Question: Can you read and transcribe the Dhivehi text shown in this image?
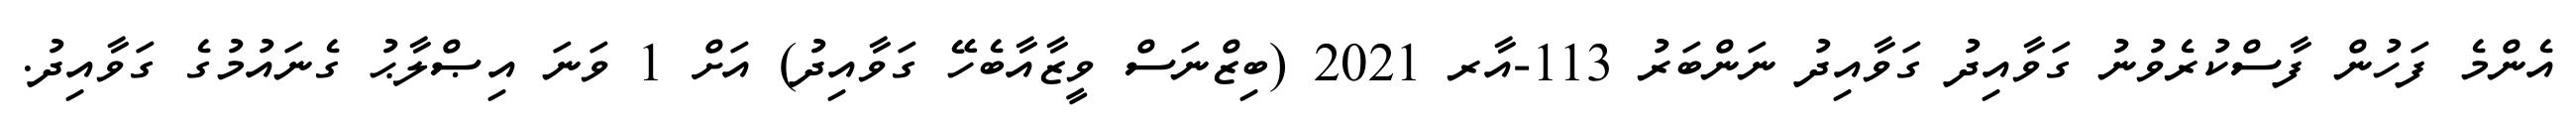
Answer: އެންމެ ފަހުން ފާސްކުރެވުނު ގަވާއިދު ގަވާއިދު ނަންބަރު 113-އާރ 2021 (ބިޒްނަސް ވީޒާއާބެހޭ ގަވާއިދު) އަށް 1 ވަނަ އިޞްލާޙު ގެނައުމުގެ ގަވާއިދު.